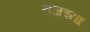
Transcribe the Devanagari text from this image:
राजच्या